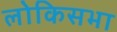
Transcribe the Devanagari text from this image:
लोकिसभा